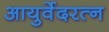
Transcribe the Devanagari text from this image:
आयुर्वेदरत्न